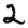
Digit: 2